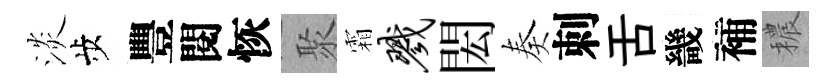
淡歩豐閱恢聚霜戮閎奏刺舌畿補穠